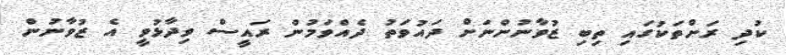
ކުދި ރަށްތަކުގައި ތިބި ޒުވާނުންނަށް ދައުވަތު ދެއްވަމުން ރައީސް ވިދާޅުވީ އެ ޒުވާނުން